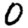
Digit: 0